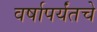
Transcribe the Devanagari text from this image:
वर्षापर्यंतचे